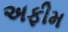
અફીમ